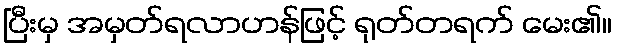
ပြီးမှ အမှတ်ရလာဟန်ဖြင့် ရုတ်တရက် မေး၏။